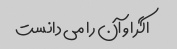
اگر او آن را می دانست